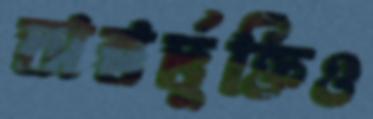
অন্তর্ভুক্তিও